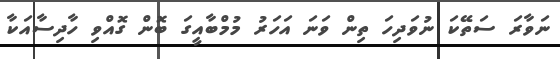
ނަވާރަ ސަތޭކަ ނުވަދިހަ ތިން ވަނަ އަހަރު މުމްބާއީގަ ބޮން ގޮއްވި ހާދިސާއަކާ